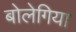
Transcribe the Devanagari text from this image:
बोलेगिया